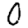
Digit: 0